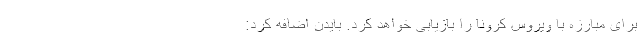
برای مبارزه با ویروس کرونا را بازیابی خواهد کرد. بایدن اضافه کرد: